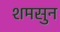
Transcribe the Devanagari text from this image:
शमसुन